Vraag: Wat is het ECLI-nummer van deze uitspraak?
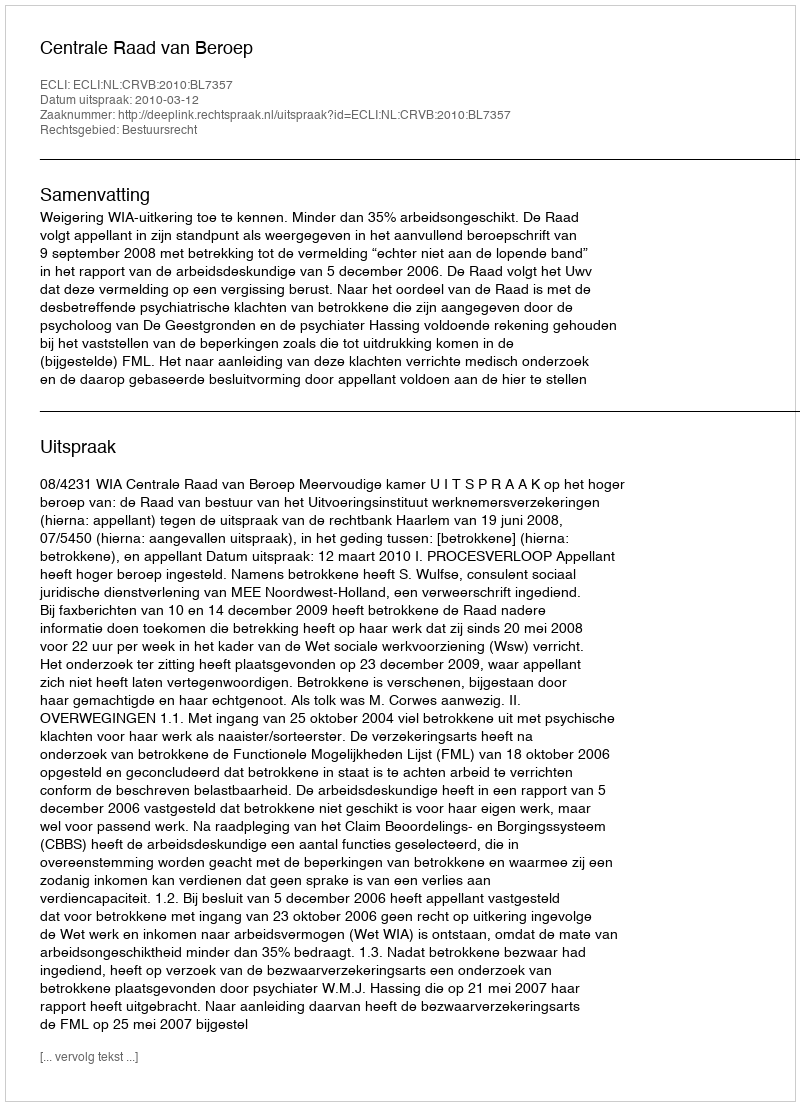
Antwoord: ECLI:NL:CRVB:2010:BL7357